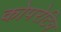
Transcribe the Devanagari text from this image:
कोपरेटिव